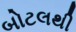
બોટલથી